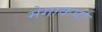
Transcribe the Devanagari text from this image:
मेगाकर्पा